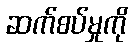
ဆက်စပ်မှုကို